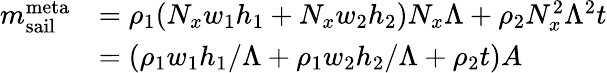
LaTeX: \begin{array}{rl}{m_{\mathrm{sail}}^{\mathrm{meta}}}&{=\rho_{1}(N_{x}w_{1}h_{1}+N_{x}w_{2}h_{2})N_{x}\Lambda+\rho_{2}N_{x}^{2}\Lambda^{2}t}\\ &{=\left(\rho_{1}w_{1}h_{1}/\Lambda+\rho_{1}w_{2}h_{2}/\Lambda+\rho_{2}t\right)A}\end{array}